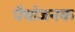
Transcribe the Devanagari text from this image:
पैथोजनक